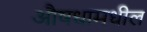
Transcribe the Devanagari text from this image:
औषधामधील